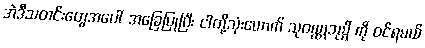
အဲဒီသတင်းတွေအပေါ် အခြေပြုပြီး ငါတို့သုံးယောက် သုဝဏ္ဏဘုမ္မိ ကို ဝင်ရမယ်